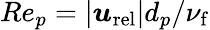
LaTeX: Re_{p}=|\boldsymbol{u}_{\mathrm{rel}}|d_{p}/\nu_{\mathrm{f}}